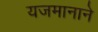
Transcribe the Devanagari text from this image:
यजमानाने